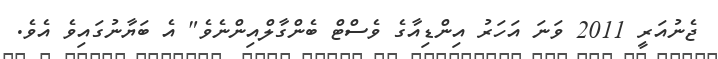
ޖެނުއަރީ 2011 ވަނަ އަހަރު އިންޑިއާގެ ވެސްޓް ބެންގާލްއިންނެވެ" އެ ބަޔާނުގައިވެ އެވެ.